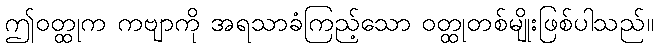
ဤဝတ္ထုက ကဗျာကို အရသာခံကြည့်သော ဝတ္ထုတစ်မျိုးဖြစ်ပါသည်။